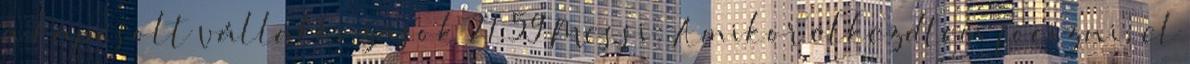
a kapcsolt vállalkozások 21:59 Messi: Amikor elkezdtem focizni, el